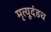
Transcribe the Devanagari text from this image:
मृत्यूदंडच